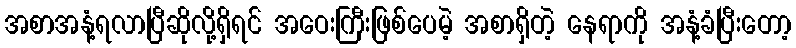
အစာအနံ့ရလာပြီဆိုလို့ရှိရင် အဝေးကြီးဖြစ်ပေမဲ့ အစာရှိတဲ့ နေရာကို အနံ့ခံပြီးတော့